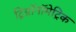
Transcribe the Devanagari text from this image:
ट्रिग्नॉनॉमेट्रिक